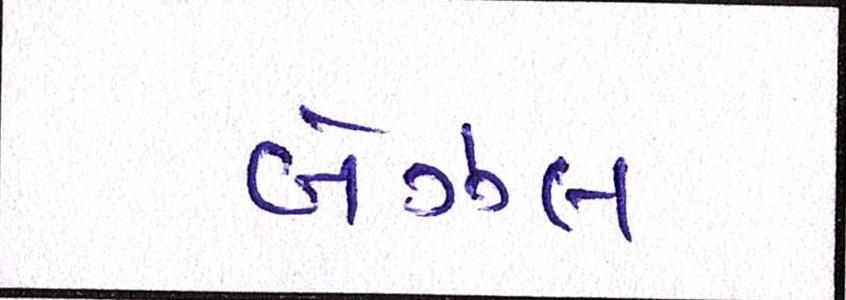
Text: બેઝલ